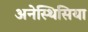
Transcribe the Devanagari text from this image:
अनेस्थिसिया